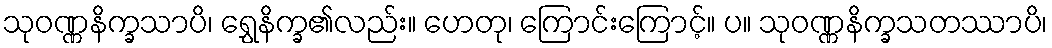
သုဝဏ္ဏနိက္ခသာပိ၊ ရွှေနိက္ခ၏လည်း။ ဟေတု၊ ကြောင်းကြောင့်။ ပ။ သုဝဏ္ဏနိက္ခသတဿာပိ၊